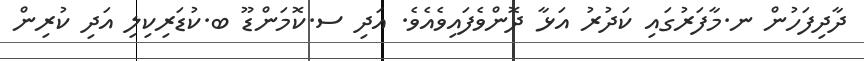
ދާދިފަހުން ނ.މާފަރުގައި ކަދުރު އަޅާ ދޮންވެފައިވެއެވެ. އަދި ސ.ކޮމަންޑޫ ބ.ކުޑަރިކިލި އަދި ކުރިން